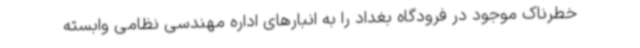
خطرناک موجود در فرودگاه بغداد را به انبارهای اداره مهندسی نظامی وابسته